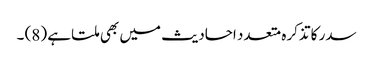
سدر کا تذکرہ متعدد احادیث میں بھی ملتا ہے (8) ۔